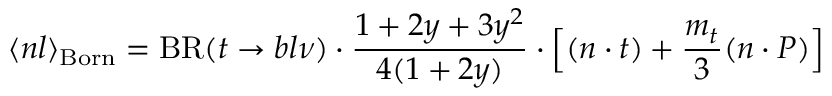
\langle n l \rangle _ { \mathrm { B o r n } } = \mathrm { B R } ( t \to b l \nu ) \cdot \frac { 1 + 2 y + 3 y ^ { 2 } } { 4 ( 1 + 2 y ) } \cdot \Big [ ( n \cdot t ) + \frac { m _ { t } } { 3 } ( n \cdot P ) \Big ]